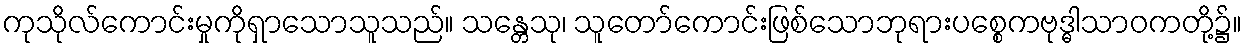
ကုသိုလ်ကောင်းမှုကိုရှာသောသူသည်။ သန္တေသု၊ သူတော်ကောင်းဖြစ်သောဘုရားပစ္စေကဗုဒ္ဓါသာဝကတို့၌။